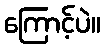
ကြောင့်ပဲ။